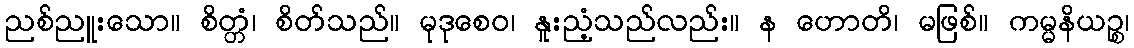
ညစ်ညူးသော။ စိတ္တံ၊ စိတ်သည်။ မုဒုစေဝ၊ နူးညံ့သည်လည်း။ န ဟောတိ၊ မဖြစ်။ ကမ္မနိယဉ္စ၊